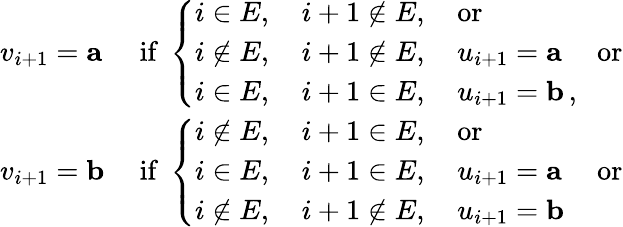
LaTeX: \begin{array}{ll}{v_{i+1}=\mathbf{a}}&{\mathrm{~if~}\left\{ \begin{array}{ll}{i\in E,\quad i+1\notin E,\quad\mathrm{or}}\\ {i\notin E,\quad i+1\notin E,\quad u_{i+1}=\mathbf{a}\quad\mathrm{~or}}\\ {i\in E,\quad i+1\in E,\quad u_{i+1}=\mathbf{b}\, ,}\end{array}\right.}\\ {v_{i+1}=\mathbf{b}}&{\mathrm{~if~}\left\{ \begin{array}{ll}{i\notin E,\quad i+1\in E,\quad\mathrm{or}}\\ {i\in E,\quad i+1\in E,\quad u_{i+1}=\mathbf{a}\quad\mathrm{~or}}\\ {i\notin E,\quad i+1\not\in E,\quad u_{i+1}=\mathbf{b}}\end{array}\right.}\end{array}